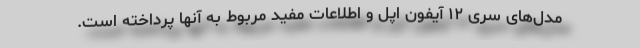
مدل‌های سری ۱۲ آیفون اپل و اطلاعات مفید مربوط به آنها پرداخته است.